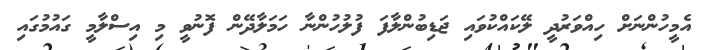
އެމީހުންނަށް ހިއްވަރުދީ ލޭކައްކުވައި ޖަޑިބުންލާފަ ފުލުހުންނާ ހަމަލާދޭން ފޮނުވީ މި އިސްލާމީ ގައުމުގައި